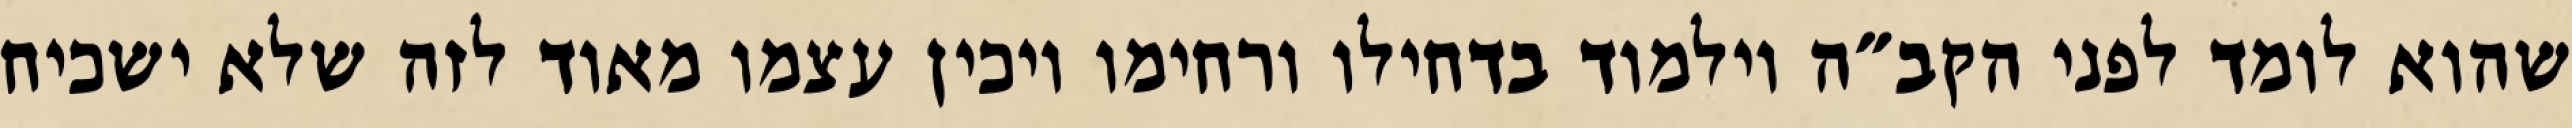
שהוא לומד לפני הקב״ה וילמוד בדחילו ורחימו ויכין עצמו מאוד לזה שלא ישכיח